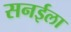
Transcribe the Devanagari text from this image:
सनईला